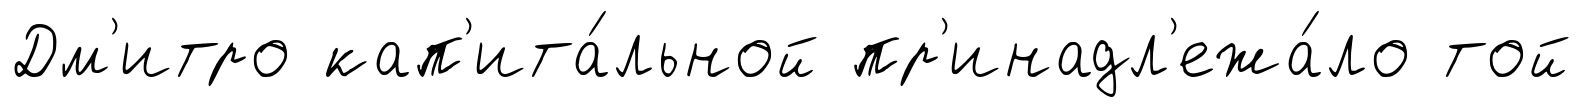
Дм'итро кап'ита́льной пр'инадл'ежа́ло той